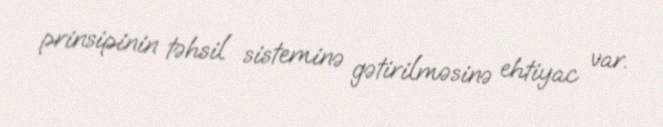
prinsipinin təhsil sisteminə gətirilməsinə ehtiyac var.